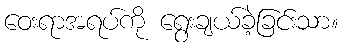
ဝေးရာအရပ်ကို ရွေးချယ်ခဲ့ခြင်းသာ။